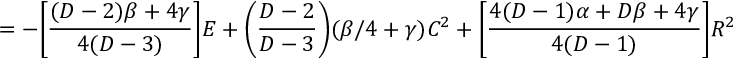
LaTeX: = - \bigg [ \frac { ( D - 2 ) \beta + 4 \gamma } { 4 ( D - 3 ) } \bigg ] E + \bigg ( \frac { D - 2 } { D - 3 } \bigg ) ( \beta / 4 + \gamma ) C ^ { 2 } + \bigg [ \frac { 4 ( D - 1 ) \alpha + D \beta + 4 \gamma } { 4 ( D - 1 ) } \bigg ] R ^ { 2 } \,